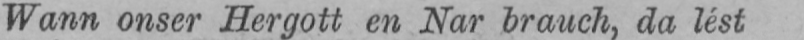
Wann onser Hergott en Nar brauch, da lést